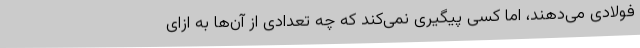
فولادی می‌دهند، اما کسی پیگیری نمی‌کند که چه تعدادی از آن‌ها به ازای